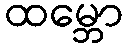
ထမ္ဘော